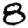
Digit: 8